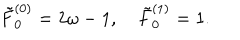
\tilde { F } _ { 0 } ^ { ( 0 ) } = 2 \omega - 1 , \quad \tilde { F } _ { 0 } ^ { ( 1 ) } = 1 .